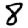
Digit: 8